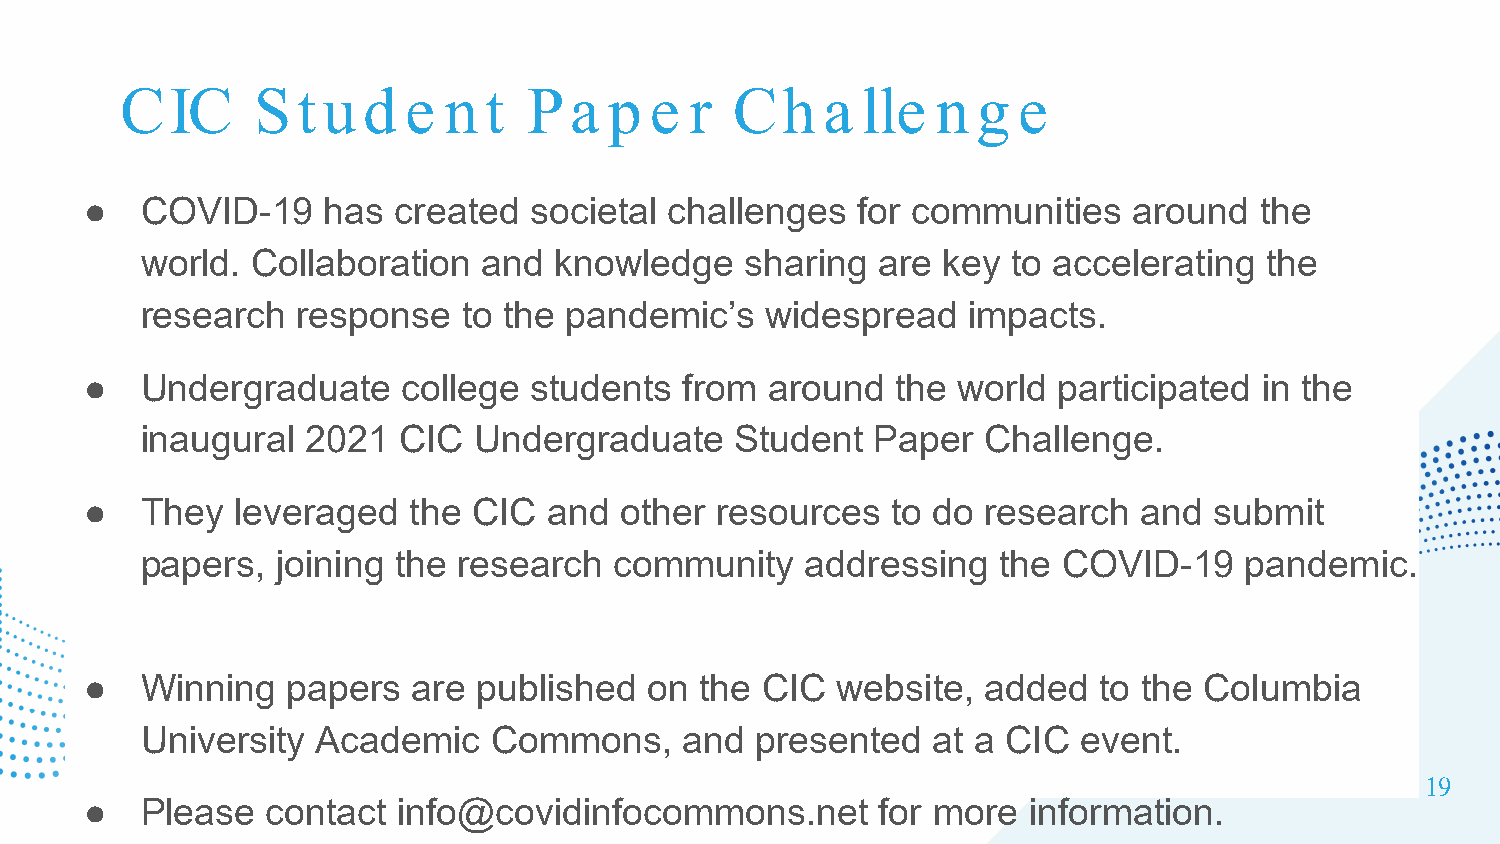
CIC      St  u  d  e n  t  Pa   p  e  r  Ch    a lle  n  g e
 ●  COVID-19    has  created  societal challenges   for communities   around  the
 world.  Collaboration  and  knowledge   sharing  are key  to accelerating  the
 research   response   to the pandemic’s   widespread   impacts.
 ●  Undergraduate     college students  from  around  the world  participated  in the
 inaugural  2021  CIC  Undergraduate     Student  Paper  Challenge.
 ●  They   leveraged  the CIC  and  other resources   to do research   and submit
 papers,  joining the research   community   addressing   the COVID-19    pandemic.
 ●  Winning   papers  are  published  on the CIC  website,  added   to the Columbia
 University  Academic   Commons,     and  presented   at a CIC  event.
 19
 ●  Please   contact info@covidinfocommons.net       for more  information.